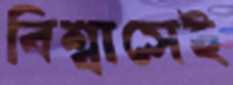
বিশ্বাসেই